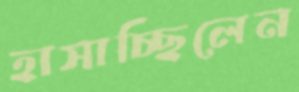
হাসাচ্ছিলেন